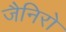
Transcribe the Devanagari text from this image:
जैनिरो